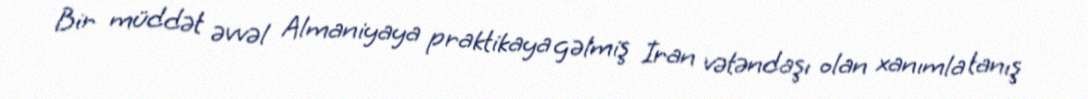
Bir müddət əvvəl Almaniyaya praktikaya gəlmiş İran vətəndaşı olan xanımla tanış